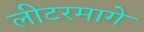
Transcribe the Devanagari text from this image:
लीटरमागे